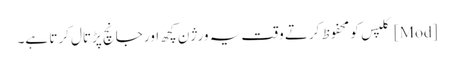
[Mod] کلپس کو محفوظ کرتے وقت یہ ورژن کچھ اور جانچ پڑتال کرتا ہے۔